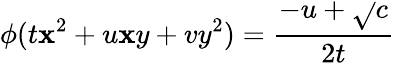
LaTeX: \phi(t\mathbf{x}^{2}+u\mathbf{x}y+vy^{2})={\frac{{-u+{\sqrt{}{{c}}}}}{{2t}}}